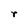
Character: r